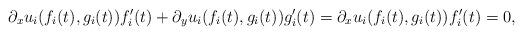
LaTeX: \begin{align*}\partial_x u_i(f_i(t),g_i(t)) f'_i(t) + \partial_y u_i(f_i(t),g_i(t)) g'_i(t)= \partial_x u_i(f_i(t),g_i(t)) f'_i(t) =0, \end{align*}